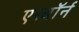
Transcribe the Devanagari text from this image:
एरबॉर्न